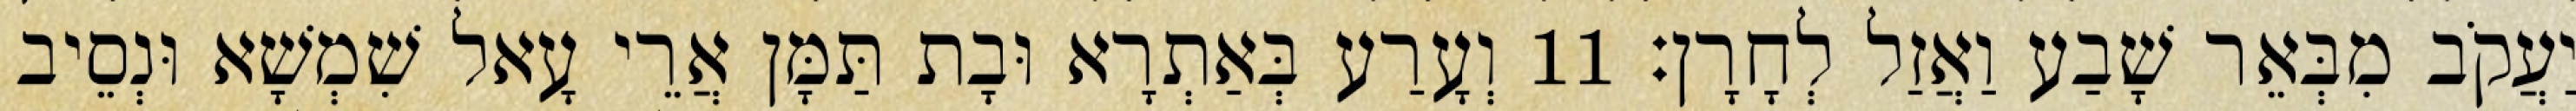
יַעֲקֹב מִבְּאֵר שָׁבַע וַאֲזַל לְחָרָן׃ 11 וְעָרַע בְּאַתְרָא וּבָת תַּמָּן אֲרֵי עָאל שִׁמְשָׁא וּנְסֵיב